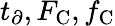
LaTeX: t_{\partial},F_{\mathrm{C}},f_{\mathrm{C}}